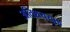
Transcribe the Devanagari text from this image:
अतिशययुक्त